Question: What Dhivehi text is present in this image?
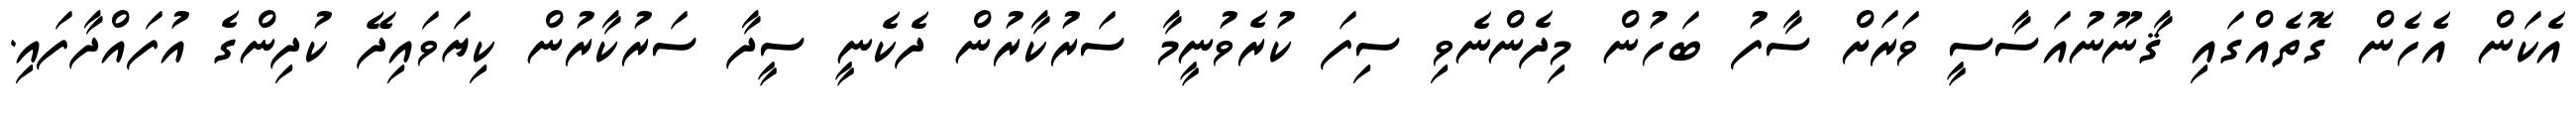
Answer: އެކަން އެހެން ގޮތެއްގައި ޤާނޫނުއަސާސީ ވަރަށް ސާފު ބަހުން މިދެންނެވި ސިފަ ކުރެވުނީމާ ސަރުކާރުން ދެކެނީ ސީދާ ސަރުކާރުން ކިޔަވައިދޭ ކުދިންގެ އުފައްދާފައި.